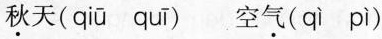
秋天( qiū quī ) 空气( qì pì )